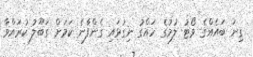
ގިނަ ބައެއްގެ ވޯޓު ލުމުގެ ހައްގު ނިގުޅައި ގެންފާނެ ކަމަށް ގަބޫލު ކުރައްވާ